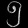
Digit: ၅